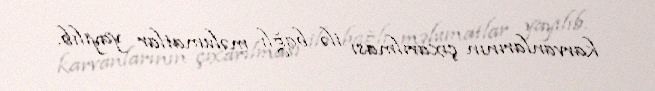
karvanlarının çıxarılması ilə bağlı məlumatlar yayılıb.